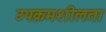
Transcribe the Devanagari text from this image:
उपक्रमशीलता